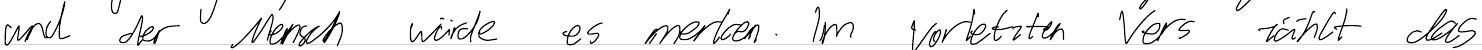
und der Mensch würde es merken. Im vorletzten Vers zählt das